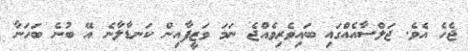
ޖެހެ އެވެ. ޖަލްސާއެއްގައި ބައިވެރިވެއްޖެ ނަމަ ވަޒީފާއިން ކަނޑާލާނެ އޭ ބުނެ ބަހަނާ